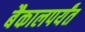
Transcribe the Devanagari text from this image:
बैकालपर्यंत